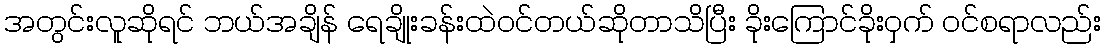
အတွင်းလူဆိုရင် ဘယ်အချိန် ရေချိုးခန်းထဲဝင်တယ်ဆိုတာသိပြီး ခိုးကြောင်ခိုးဝှက် ဝင်စရာလည်း